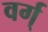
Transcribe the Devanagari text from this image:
वर्ग्